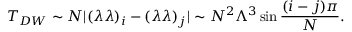
T _ { D W } \sim N | ( \lambda \lambda ) _ { i } - ( \lambda \lambda ) _ { j } | \sim N ^ { 2 } \Lambda ^ { 3 } \sin { { \frac { ( i - j ) \pi } { N } } } .